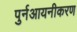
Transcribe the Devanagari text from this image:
पुर्नआयनीकरण